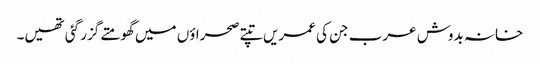
خانہ بدوش عرب جن کی عمریں تپتے صحراؤں میں گھومتے گزر گئی تھیں۔